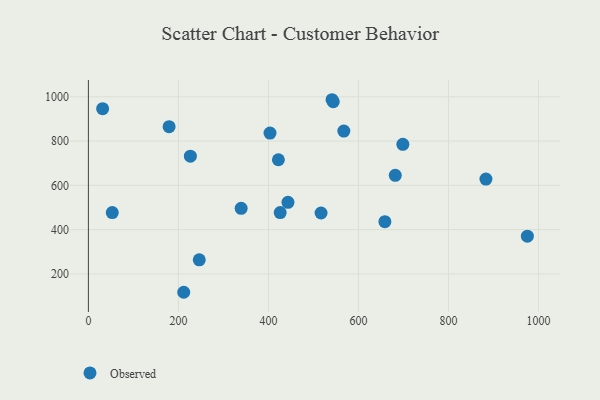
{"axis": {"x": "Experience", "y": "Fuel Efficiency"}, "legend": ["Observed"], "data": [{"x": "681.8", "y": 645.2, "type": "Observed"}, {"x": "211.8", "y": 116.9, "type": "Observed"}, {"x": "658.7", "y": 435.7, "type": "Observed"}, {"x": "179.3", "y": 865.0, "type": "Observed"}, {"x": "246.3", "y": 263.7, "type": "Observed"}, {"x": "422.1", "y": 715.6, "type": "Observed"}, {"x": "443.4", "y": 523.2, "type": "Observed"}, {"x": "426.1", "y": 477.1, "type": "Observed"}, {"x": "339.4", "y": 496.3, "type": "Observed"}, {"x": "403.5", "y": 836.1, "type": "Observed"}, {"x": "883.2", "y": 628.2, "type": "Observed"}, {"x": "31.6", "y": 946.3, "type": "Observed"}, {"x": "567.5", "y": 844.9, "type": "Observed"}, {"x": "226.6", "y": 731.6, "type": "Observed"}, {"x": "541.3", "y": 986.7, "type": "Observed"}, {"x": "975.3", "y": 370.3, "type": "Observed"}, {"x": "698.6", "y": 785.2, "type": "Observed"}, {"x": "53.0", "y": 477.0, "type": "Observed"}, {"x": "544.0", "y": 977.9, "type": "Observed"}, {"x": "516.9", "y": 475.0, "type": "Observed"}]}